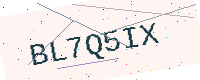
Text: BL7Q5IX